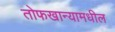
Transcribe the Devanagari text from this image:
तोफखान्यामधील